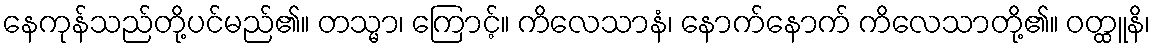
နေကုန်သည်တို့ပင်မည်၏။ တသ္မာ၊ ကြောင့်။ ကိလေသာနံ၊ နောက်နောက် ကိလေသာတို့၏။ ဝတ္ထူနိ၊